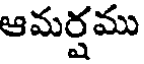
ఆమర్షము